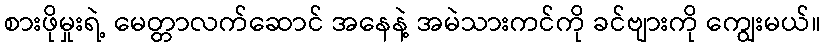
စားဖိုမှုးရဲ့ မေတ္တာလက်ဆောင် အနေနဲ့ အမဲသားကင်ကို ခင်ဗျားကို ကျွေးမယ်။